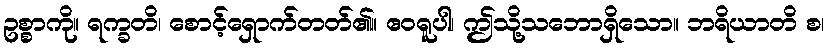
ဥစ္စာကို။ ရက္ခတိ၊ စောင့်ရှောက်တတ်၏။ ဧဝရူပါ၊ ဤသို့သဘောရှိသော။ ဘရိယာတိ စ၊